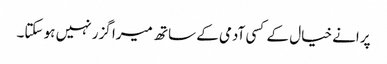
پرانے خیال کے کسی آدمی کے ساتھ میرا گزر نہیں ہو سکتا۔